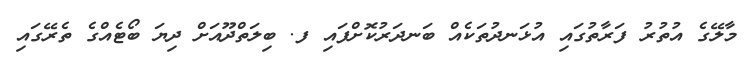
މާލޭގެ އުތުރު ފަރާތުގައި އުޅަނދުތަކެއް ބަނދަރުކޮށްފައި ފ. ބިލަތްދޫއަށް ދިޔަ ބޯޓެއްގެ ތެރޭގައި